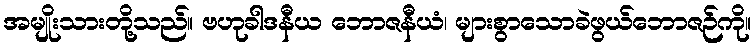
အမျိုးသားတို့သည်။ ဗဟုခါဒနီယ ဘောဇနီယံ၊ များစွာသောခဲဖွယ်ဘောဇဉ်ကို။